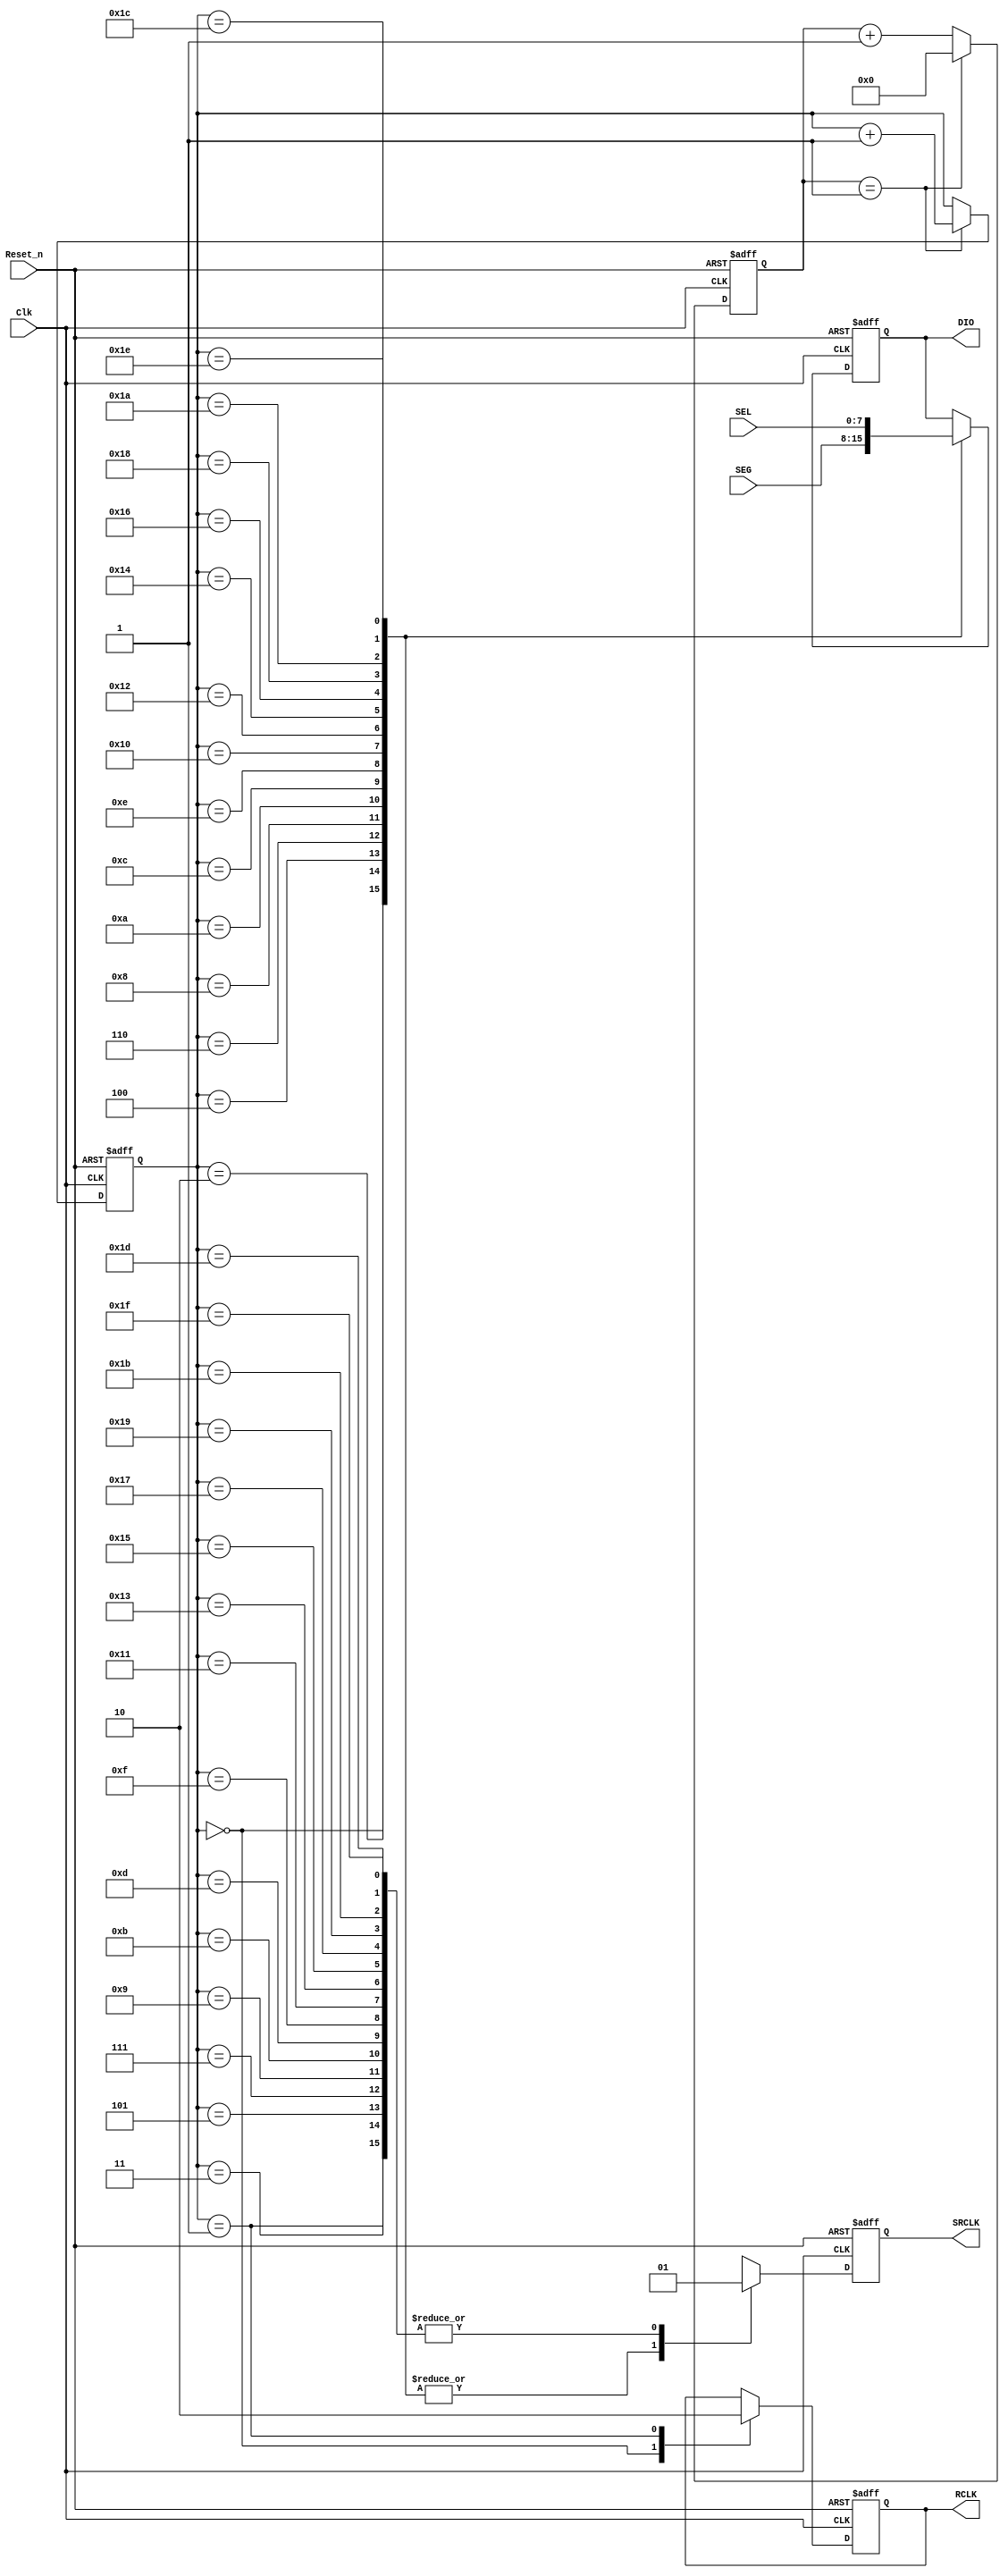
`timescale 1ns / 1ps
//////////////////////////////////////////////////////////////////////////////////
// Company: 
// Engineer: 
// 
// Design Name: 
// Module Name: list
// Project Name: 
// Target Devices: 
// Tool Versions: 
// Description: 
// 
// Dependencies: 
// 
// Revision:
// Revision 0.01 - File Created
// Additional Comments:
// 
//////////////////////////////////////////////////////////////////////////////////


module HC595_Driver(
    Clk,
    Reset_n,
    SEG,
    SEL,
    DIO,
    SRCLK,
    RCLK
    );
input Reset_n;
input Clk;
input [7:0] SEG;
input [7:0] SEL;
output reg DIO;
output reg SRCLK;
output reg RCLK;
reg[29:0] cnt;
parameter CLOCK_FREQ = 50_000_000;
parameter SRCLK_FREQ = 12_500_000;//SRCLK12.5MHz 40ns 
parameter MCNT = CLOCK_FREQ / (2 * SRCLK_FREQ)  - 1; //
always @(posedge Clk or negedge Reset_n) begin
    if (!Reset_n) begin
        cnt <= 0;
    end else begin
        if (cnt == MCNT) 
        cnt <= 0;
        else
        cnt <= cnt + 1;
    end
end  

reg[4:0] R_cnt; 
always@(posedge Clk or negedge Reset_n)
    if (!Reset_n) 
        R_cnt <= 0;
    else 
        if (cnt == MCNT) 
            R_cnt <= R_cnt + 1;

always@(posedge Clk or negedge Reset_n)//16
    if (!Reset_n) begin
        DIO <= 0;
        SRCLK <= 0;
        RCLK<=0;
    end
    else begin
        case (R_cnt)
            0:begin DIO <= SEG[7]; SRCLK <= 0;RCLK<=1;end//
            1:begin SRCLK <= 1;RCLK<=0; end               //
            2:begin DIO <= SEG[6]; SRCLK <= 0;end
            3:SRCLK <= 1;
            4:begin DIO <= SEG[5]; SRCLK <= 0;end
            5:SRCLK <= 1;
            6:begin DIO <= SEG[4]; SRCLK <= 0;end
            7:SRCLK <= 1;
            8:begin DIO <= SEG[3]; SRCLK <= 0;end
            9:SRCLK <= 1;
            10:begin DIO <= SEG[2]; SRCLK <= 0;end
            11:SRCLK <= 1;
            12:begin DIO <= SEG[1]; SRCLK <= 0;end
            13:SRCLK <= 1;
            14:begin DIO <= SEG[0]; SRCLK <= 0;end
            15:SRCLK <= 1;
            16:begin DIO <= SEL[7]; SRCLK <= 0;end
            17:SRCLK <= 1;
            18:begin DIO <= SEL[6]; SRCLK <= 0;end
            19:SRCLK <= 1;
            20:begin DIO <= SEL[5]; SRCLK <= 0;end
            21:SRCLK <= 1;
            22:begin DIO <= SEL[4]; SRCLK <= 0;end
            23:SRCLK <= 1;
            24:begin DIO <= SEL[3]; SRCLK <= 0;end
            25:SRCLK <= 1;
            26:begin DIO <= SEL[2]; SRCLK <= 0;end
            27:SRCLK <= 1;
            28:begin DIO <= SEL[1]; SRCLK <= 0;end
            29:SRCLK <= 1;
            30:begin DIO <= SEL[0]; SRCLK <= 0;end
            31:SRCLK <= 1;
        endcase
    end



endmodule